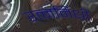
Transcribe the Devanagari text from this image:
रत्‍ननिधी